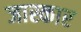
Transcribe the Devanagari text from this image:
जास्कार